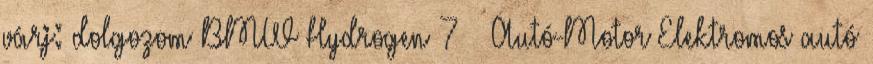
várj: dolgozom BMW Hydrogen 7 – Autó-Motor Elektromos autó